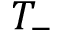
T _ { - }